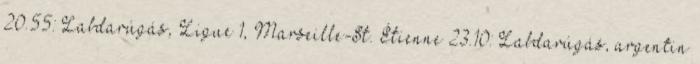
20.55: Labdarúgás, Ligue 1, Marseille-St. Étienne 23.10: Labdarúgás, argentin